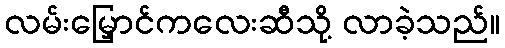
လမ်းမြှောင်ကလေးဆီသို့ လာခဲ့သည်။